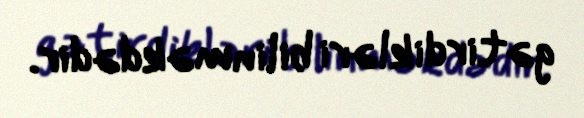
gətirdikləri bilinməkdədir.